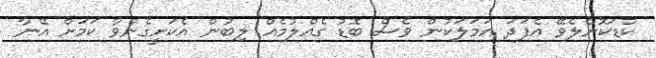
ކުޑަކޮށްލެވޭ އެފަދަ އަމަލަކުން ވެސް ބޮޑު ގެއްލުމެއް ލިބުން އެކަށީގެންވާ ކަމަށް އޭނާ